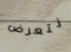
نتعرض